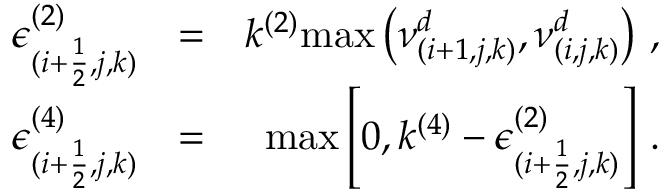
\begin{array} { r l r } { \epsilon _ { ( i + \frac { 1 } { 2 } , j , k ) } ^ { ( 2 ) } } & { = } & { k ^ { ( 2 ) } \mathrm { m a x } \left( \nu _ { ( i + 1 , j , k ) } ^ { d } , \nu _ { ( i , j , k ) } ^ { d } \right) \, \mathrm { , } } \\ { \epsilon _ { ( i + \frac { 1 } { 2 } , j , k ) } ^ { ( 4 ) } } & { = } & { \mathrm { m a x } \left[ 0 , k ^ { ( 4 ) } - \epsilon _ { ( i + \frac { 1 } { 2 } , j , k ) } ^ { ( 2 ) } \right] \, \mathrm { . } } \end{array}